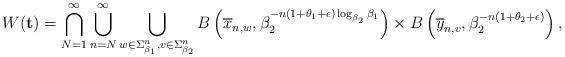
LaTeX: \begin{align*}W(\mathbf{t})=\bigcap_{N=1}^{\infty}\bigcup_{n=N}^{\infty}\bigcup_{w\in \Sigma_{\beta_1}^n, v\in \Sigma_{\beta_2}^n}B\left(\overline{x}_{n,w}, \beta_2^{-n(1+\theta_{1}+\epsilon)\log_{\beta_2}\beta_1}\right)\times B\left(\overline{y}_{n,v}, \beta_2^{-n(1+\theta_{2}+\epsilon)}\right),\end{align*}